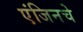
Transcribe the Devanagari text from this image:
एंजिनचे